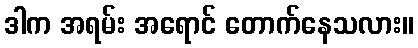
ဒါက အရမ်း အရောင် တောက်နေသလား။